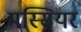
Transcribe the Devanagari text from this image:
मस्सियर